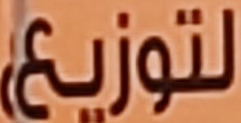
لتوزيع